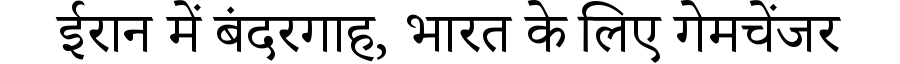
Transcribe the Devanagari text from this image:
ईरान में बंदरगाह, भारत के लिए गेमचेंजर